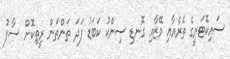
ސައިކޮޓަރީގެ ތެރެއާއި މޭޒާއި ގޮނޑި ސިންކު ކަބަޑު ފަދަ ތަންތަން ރީތިކޮށް ސާފު